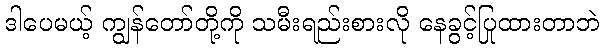
ဒါပေမယ့် ကျွန်တော်တို့ကို သမီးရည်းစားလို နေခွင့်ပြုထားတာဘဲ